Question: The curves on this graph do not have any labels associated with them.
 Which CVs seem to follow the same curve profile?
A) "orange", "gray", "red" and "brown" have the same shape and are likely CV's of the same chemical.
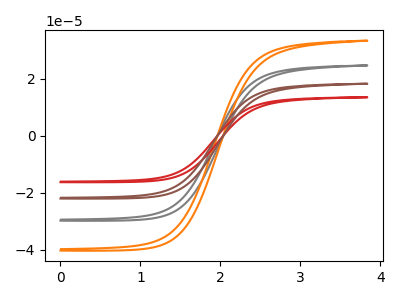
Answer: <think>The gray curve "gray" has no peaks. The orange curve "orange" has no peaks. The red curve "red" has no peaks. The brown curve "brown" has no peaks.
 Neither "gray" or "orange" have any peaks. Neither "gray" or "red" have any peaks. Neither "gray" or "brown" have any peaks. Neither "orange" or "red" have any peaks. Neither "orange" or "brown" have any peaks. Neither "red" or "brown" have any peaks.</think>
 <answer>A) "orange", "gray", "red" and "brown" have the same shape and are likely CV's of the same chemical.</answer>
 <eval>A</eval>